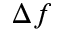
\Delta f